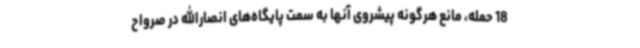
18 حمله، مانع هرگونه پیشروی آنها به سمت پایگاه‌های انصارالله در صرواح